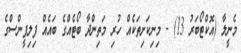
މެނީލާ (އޮކްޓޯބަރު 13) - މިނިކަށިތަކެއް ހުރި މަތިންދާ ބޯޓެއްގެ ބައެއް ފިލިޕީންސްގެ